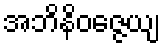
အဘိနိဝဇ္ဇေယျ